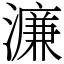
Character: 濂